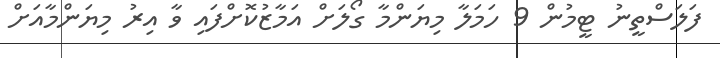
ފަލަސްތީނު ޓީމުން 9 ހަމަލާ މިޔަންމާ ގޯލަށް އަމާޒުކޮށްފައި ވާ އިރު މިޔަންމާއަށް